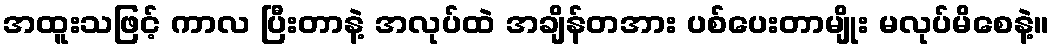
အထူးသဖြင့် ကာလ ပြီးတာနဲ့ အလုပ်ထဲ အချိန်တအား ပစ်ပေးတာမျိုး မလုပ်မိစေနဲ့။